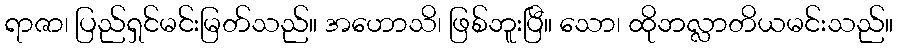
ရာဇာ၊ ပြည်ရှင်မင်းမြတ်သည်။ အဟောသိ၊ ဖြစ်ဘူးပြီ။ သော၊ ထိုဘလ္လာတိယမင်းသည်။